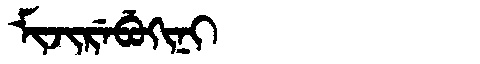
Manchu: ᠮᡳᠵᡳᡵᡝᠪᡠᡴᡳᠨᡳ
Romanization: MIJIREBUKINI